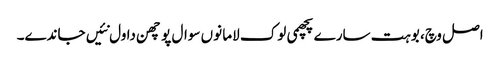
اصل وچ، بوہت سارے پچھمی لوک لاما نوں سوال پوچھن دا ول نئیں جاندے۔